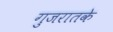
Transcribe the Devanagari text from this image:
गुजरातके